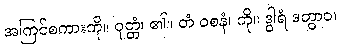
အကြင်စကားကို။ ဝုတ္တံ၊ ၏။ တံ ဝစနံ၊ ကို။ ဒွါရံ ဒတွာဝ၊